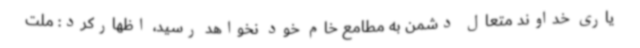
یاری خداوند متعال دشمن به مطامع خام خود نخواهد رسید، اظهارکرد: ملت